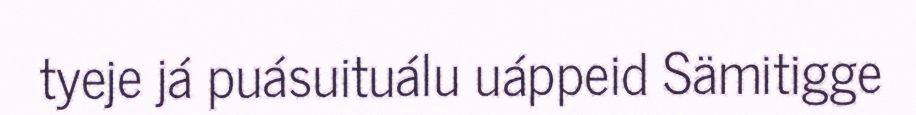
tyeje já puásuituálu uáppeid Sämitigge